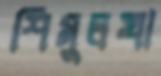
শিমুলখা